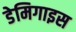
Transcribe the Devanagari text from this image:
डेमिगाइस